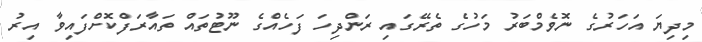
މިދިޔަ އަހަރުގެ ނޮވެމްބަރު މަހުގެ ތެރޭގައި ރަންދިހަ ފަހެއްގެ ނޫޓުތައް ތައާރަފްކޮށްފައިވާ އިރު